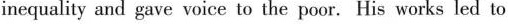
inequality and gave voice to the poor. His works led to